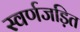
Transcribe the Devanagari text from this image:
स्वर्णजड़ित